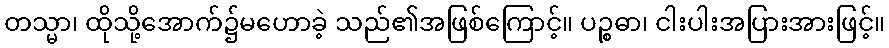
တသ္မာ၊ ထိုသို့အောက်၌မဟောခဲ့ သည်၏အဖြစ်ကြောင့်။ ပဉ္စဓာ၊ ငါးပါးအပြားအားဖြင့်။